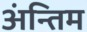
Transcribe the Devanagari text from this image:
अंन्तिम